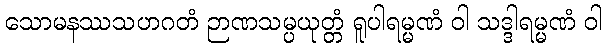
သောမနဿသဟဂတံ ဉာဏသမ္ပယုတ္တံ ရူပါရမ္မဏံ ဝါ သဒ္ဒါရမ္မဏံ ဝါ